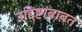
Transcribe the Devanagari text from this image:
उद्दिष्टांबाबत